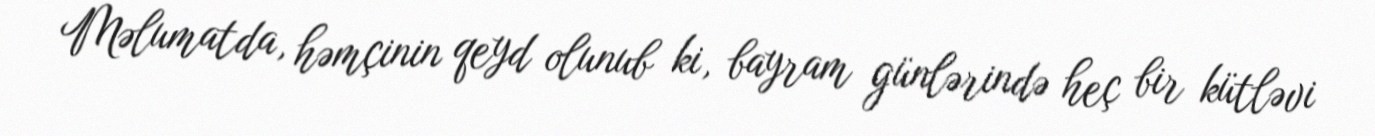
Məlumatda, həmçinin qeyd olunub ki, bayram günlərində heç bir kütləvi